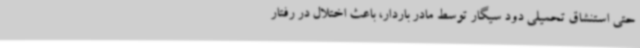
حتی استنشاق تحمیلی دود سیگار توسط مادر باردار، باعث اختلال در رفتار